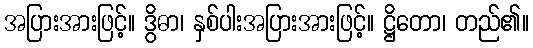
အပြားအားဖြင့်။ ဒွိဓာ၊ နှစ်ပါးအပြားအားဖြင့်။ ဋ္ဌိတော၊ တည်၏။